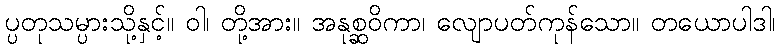
ပ္ပတုသမ္ပားသို့နှင့်။ ဝါ၊ တို့အား။ အနုစ္ဆဝိကာ၊ လျောပတ်ကုန်သော။ တယောပါဒါ၊